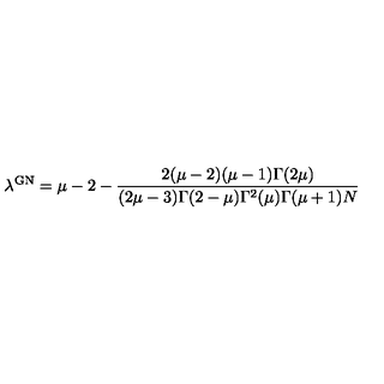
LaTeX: \lambda ^ { \mathrm { \footnotesize { G N } } } = \mu - 2 - \frac { 2 ( \mu - 2 ) ( \mu - 1 ) \Gamma ( 2 \mu ) } { ( 2 \mu - 3 ) \Gamma ( 2 - \mu ) \Gamma ^ { 2 } ( \mu ) \Gamma ( \mu + 1 ) N }